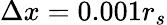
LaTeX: \Delta x=0.001r_{s}